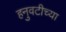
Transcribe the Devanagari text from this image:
हनुवटीच्या